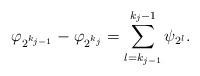
LaTeX: \begin{align*}\varphi_{2^{k_{j-1}}}-\varphi_{2^{k_{j}}} =\sum_{l=k_{j-1}}^{k_j-1} \psi_{2^l} .\end{align*}